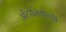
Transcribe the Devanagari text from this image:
अँटोनियोच्या